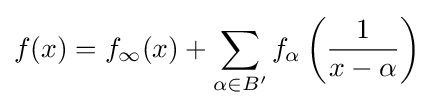
f(x)=f_{\infty }(x)+\sum _{\alpha \in B'}f_{\alpha }\left({\frac {1}{x-\alpha }}\right)